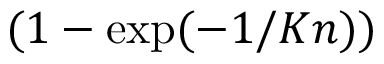
( 1 - \exp ( - 1 / K n ) )